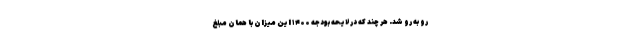
رو به رو شد. هر چند که در لایحه بودجه ۱۴۰۰ این میزان با همان مبلغ